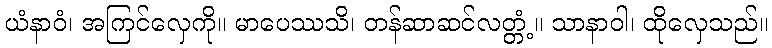
ယံနာဝံ၊ အကြင်လှေကို။ မာပေဿသိ၊ တန်ဆာဆင်လတ္တံ့။ သာနာဝါ၊ ထိုလှေသည်။